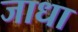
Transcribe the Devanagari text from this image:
जाधा